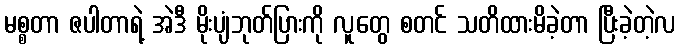
မစ္စတာ ဇပါတာရဲ့ အဲဒီ မိုးပျံဘုတ်ပြားကို လူတွေ စတင် သတိထားမိခဲ့တာ ပြီးခဲ့တဲ့လ